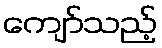
ကျော်သည့်